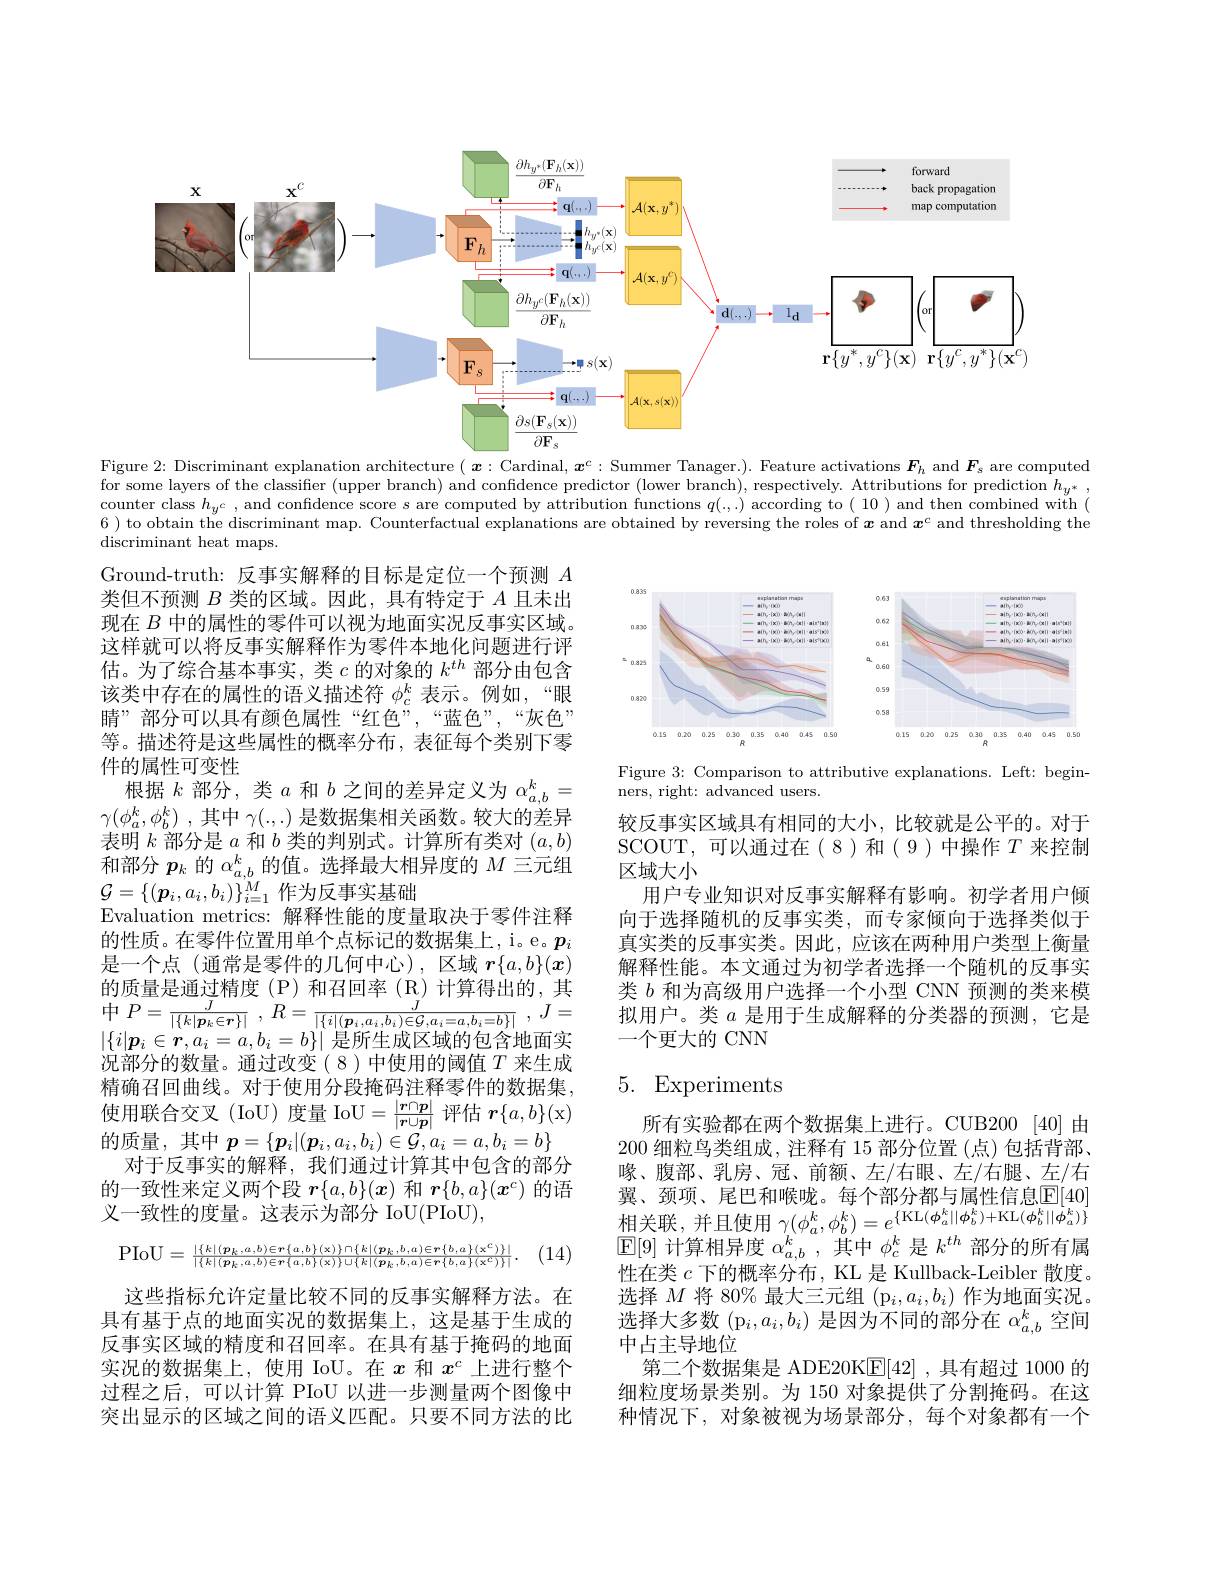
<FigureHere>
Figure 2: Discriminant explanation architecture $(\boldsymbol{x}:$ Cardinal, $\boldsymbol{x}^c:$ Summer Tanager.). Feature activations $\boldsymbol{F}_h$ and $\boldsymbol{F}_s$ are computed

for some layers of the classifier ( upper branch) and confidence predictor ( lower branch) , respectively. Attributions for prediction $h_{y^{* }}$, counter class $h_{y^{c}, and confidence score s are computed by attribution functions }q( , . . )$ according 6 ) to obtain thé discriminant map. Counterfactual explanations are obtained by reversing the roles of $\boldsymbol{x}$ and $\boldsymbol{x}^c$ and thresholding the discriminant heat maps.

<FigureHere>

Figure 3: Comparison to attributive explanations. Left: begin-
ners, right: advanced users

Ground-truth: 反事实解释的目标是定位一个预测$A$ 类但不预测$B$类的区域。因此，具有特定于$A$且未出现在$B$中的属性的零件可以视为地面实况反事实区域。这样就可以将反事实解释作为零件本地化问题进行评估。为了综合基本事实，类$c$的对象的$k^th$部分由包含该类中存在的属性的语义描述符$\phi_c^k$表示。例如，“眼睛”部分可以具有颜色属性“红色”,“蓝色”,“灰色” 等。描述符是这些属性的概率分布，表征每个类别下零件的属性可变性
根据$k$部分，类$a$和$b$之间的差异定义为$\alpha_a,b^k=$ $\gamma ( \phi _a^k, \phi _b^k)$ ,其中 $\gamma(.,.)$ 是数据集相关函数。较大的差异表明$k$部分是$a$和$b$类的判别式。计算所有类对$(a,b)$ 和部分$p_k$的$\alpha_{a,b}^k$的值。选择最大相异度的$M$三元组$\mathcal{G}=\{(\boldsymbol{p}_{i},a_{i},b_{i})\}_{i=1}^{M}$作为反事实基础
Evaluation metrics: 解释性能的度量取决于零件注释的性质。在零件位置用单个点标记的数据集上，i。e。$p_i$ 是一个点(通常是零件的几何中心),区域$\boldsymbol{r}\{a,b\}(\boldsymbol{x})$ 的质量是通过精度(P)和召回率(R)计算得出的，其中 $P= \frac J{| \{ k| \boldsymbol{p}_{k}\in \boldsymbol{r}\} | }$ , $R= \frac J{| \{ i| ( \boldsymbol{p}_{i}, a_{i}, b_{i}) \in \mathcal{G} , a_{i}= a, b_{i}= b\} | }$ , $J=$ $| \{ \cdot \mid C= 1$, $I\mid \cap C\subseteq V$,上 的 人 众 此 在 应$|\{i|\boldsymbol{p}_i\in\boldsymbol{r},a_i=a,b_i=b\}|$是所生成区域的包含地面实况部分的数量。通过改变(8)中使用的阈值$T$ 来生成精确召回曲线。对于使用分段掩码注释零件的数据集， 使用联合交叉(IoU)度量 IoU$=\frac|\boldsymbol{r}\cap\boldsymbol{p}|{\boldsymbol{r}\cup\boldsymbol{p}|}$评估$\boldsymbol r\{a,b\}(\mathbf{x})$ 的质量，其中$p=\{\boldsymbol{p}_i|(\boldsymbol{p}_i,a_i,b_i)\in\mathcal{G},a_i=a,b_i=b\}$
对于反事实的解释，我们通过计算其中包含的部分的一致性来定义两个段$r\{a,b\}(\boldsymbol{x})$和$\boldsymbol r\{b,a\}(\boldsymbol{x}^c)$的语义一致性的度量。这表示为部分 IoU(PIoU),
(14,
$$\mathrm{PIoU}=\frac{|\{k|(\boldsymbol{p}_k,a,b)\in\boldsymbol{r}\{a,b\}(\mathbf{x})\}\cap\{k|(\boldsymbol{p}_k,b,a)\in\boldsymbol{r}\{b,a\}(\mathbf{x}^c)\}|}{|\{k|(\boldsymbol{p}_k,a,b)\in\boldsymbol{r}\{a,b\}(\mathbf{x})\}\cup\{k|(\boldsymbol{p}_k,b,a)\in\boldsymbol{r}\{b,a\}(\mathbf{x}^c)\}|}.$$
较反事实区域具有相同的大小，比较就是公平的。对于SCOUT,可以通过在(8)和(9)中操作$T$来控制区域大小
用户专业知识对反事实解释有影响。初学者用户倾向于选择随机的反事实类，而专家倾向于选择类似于真实类的反事实类。因此，应该在两种用户类型上衡量解释性能。本文通过为初学者选择一个随机的反事实类$b$和为高级用户选择一个小型 CNN 预测的类来模拟用户。类$a$是用于生成解释的分类器的预测，它是一个更大的 CNN

# 5. Experiments

所有实验都在两个数据集上进行。CUB200 [40]由200细粒鸟类组成，注释有 15 部分位置(点)包括背部， 喙、腹部、乳房、冠、前额、左/右眼、左/右腿、左/右翼、颈项、尾巴和喉咙。每个部分都与属性信息$\mathbb{E}[40]$ 相 关 联 , 并 且 使 用 $\gamma ( \phi _{a}^{k}, \phi _{b}^{k}) = e^{\{ \mathrm{KL}( \phi _{a}^{k}| | \phi _{b}^{k}) + \mathrm{KL}( \phi _{b}^{k}| | \phi _{a}^{k}) \} }$ 同 时 间 , $\operatorname{E}[9]$计算相异度$\alpha_a,b^k$,其中$\phi_c^k$是$k^th$部分的所有属性在类$c$下的概率分布，KL 是 Kullback-Leibler 散度。选择$M$将 80% 最大三元组$(\mathrm{p}_i,a_i,b_i)$作为地面实况。选择大多数$\left(\mathrm{p}_i,a_i,b_i\right)$是因为不同的部分在 $\alpha_a,b^k$ 空间中占主导地位
第二个数据集是 ADE20K$\mathbb{E}[42]$ ,具有超过 1000 的细粒度场景类别。为 150 对象提供了分割掩码。在这种情况下，对象被视为场景部分，每个对象都有一个

这些指标允许定量比较不同的反事实解释方法。在具有基于点的地面实况的数据集上，这是基于生成的反事实区域的精度和召回率。在具有基于掩码的地面实况的数据集上，使用 IoU。在$x$和$x^c$上进行整个过程之后，可以计算 PIoU 以进一步测量两个图像中突出显示的区域之间的语义匹配。只要不同方法的比